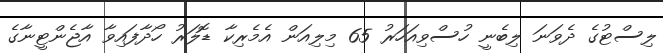
ލިސްޓުގެ ދެވަނަ ލިބެނީ ހުސްވިއަހަރު 65 މިލިއަން އެމެރިކާ ޑޮލަރު ހޯދާފައިވާ އާޖެންޓީނާގެ